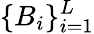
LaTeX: \{ B_{i}\} _{i=1}^{L}